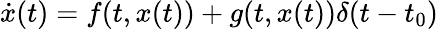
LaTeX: \dot{x}(t)=f(t,x(t))+g(t,x(t))\delta(t-t_{0})